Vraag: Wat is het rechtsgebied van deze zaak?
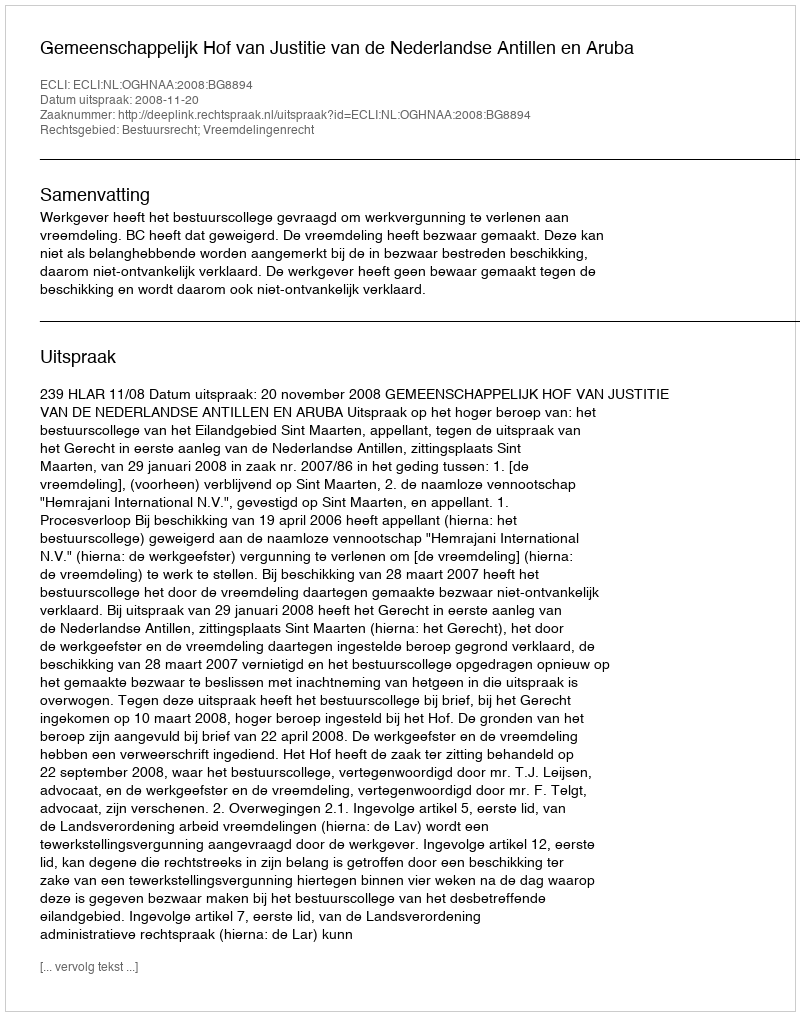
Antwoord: Bestuursrecht; Vreemdelingenrecht